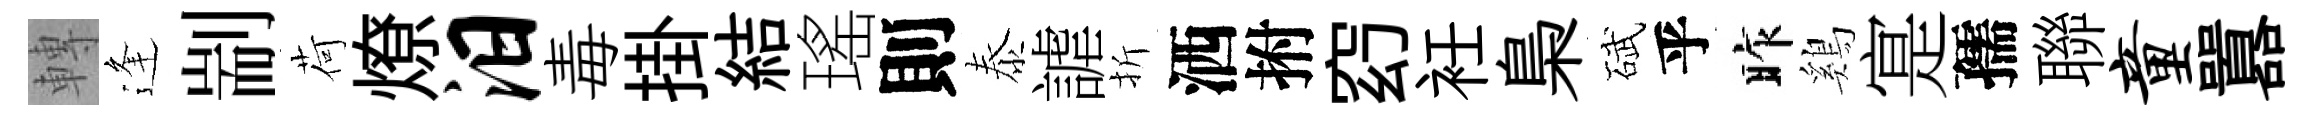
轉逢剬荷燎汨毒掛結瑤則泰謔折洒拊𥥆衽梟碔乎昨鷄寔孺聯童囂